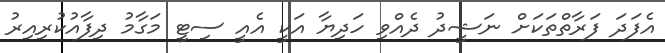
އެފަދަ ފަރާތްތަކަށް ނަޝީދު ދެއްވި ހަދިޔާ އަކީ އެއީ ސިޓީ މަގާމު ދިފާއުކުރިއިރު